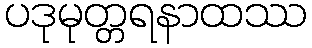
ပဒုမုတ္တရနာထဿ